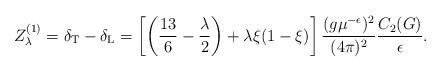
LaTeX: \begin{align*}Z_\lambda^{(1)} =\delta_{\rm T}-\delta_{\rm L} =\left[\left(\frac{13}6-\frac\lambda2\right)+\lambda\xi(1-\xi)\right] \frac{(g\mu^{-\epsilon})^2}{(4\pi)^2} \frac{C_2(G)}{\epsilon} .\end{align*}